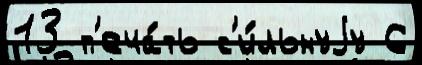
13 п'еча́ть с'и́льнуjу 6